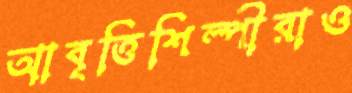
আবৃত্তিশিল্পীরাও